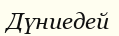
Дүниедей